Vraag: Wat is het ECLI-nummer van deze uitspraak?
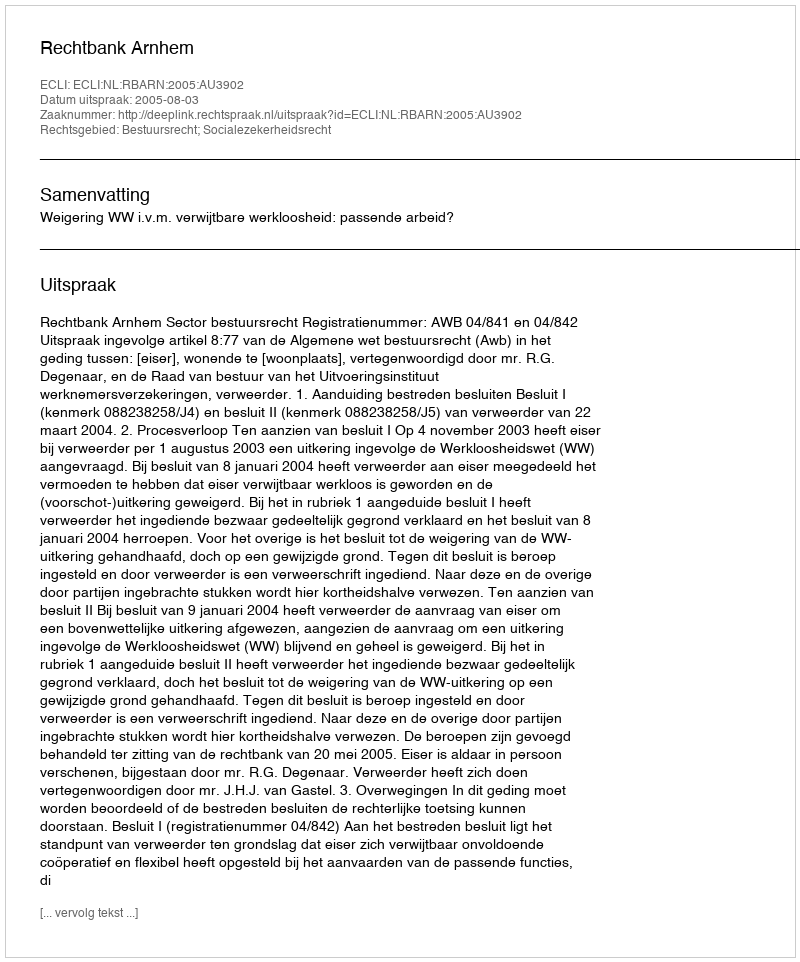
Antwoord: ECLI:NL:RBARN:2005:AU3902